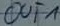
Text: OUT1